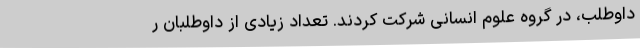
داوطلب، در گروه علوم انسانی شرکت کردند. تعداد زیادی از داوطلبان ر